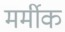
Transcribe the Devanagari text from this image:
मर्मीक